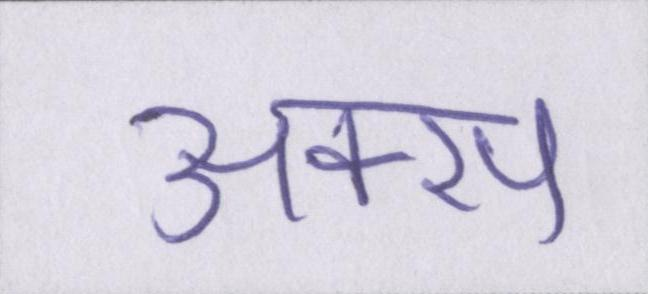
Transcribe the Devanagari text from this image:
अक्स